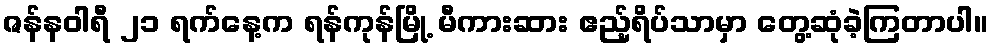
ဇန်နဝါရီ ၂၁ ရက်နေ့က ရန်ကုန်မြို့ မီကားဆား ဧည့်ရိပ်သာမှာ တွေ့ဆုံခဲ့ကြတာပါ။